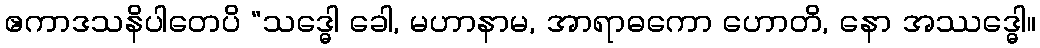
ဧကာဒသနိပါတေပိ “သဒ္ဓေါ ခေါ, မဟာနာမ, အာရာဓကော ဟောတိ, နော အဿဒ္ဓေါ။